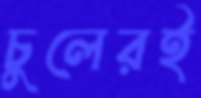
চুলেরই